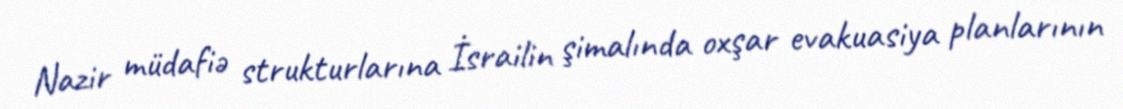
Nazir müdafiə strukturlarına İsrailin şimalında oxşar evakuasiya planlarının